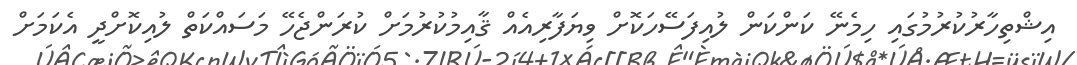
އިޝްތިހާރުކުރުމުގައި ހިމެނޭ ކަންކަން ލުއިފަސޭހަކޮށް ވިޔަފާރިއެއް ޤާއިމުކުރުމަށް ކުރަންޖެހޭ މަސައްކަތް ލުއިކޮށްދީ އެކަމަށް